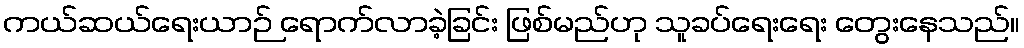
ကယ်ဆယ်ရေးယာဉ် ရောက်လာခဲ့ခြင်း ဖြစ်မည်ဟု သူခပ်ရေးရေး တွေးနေသည်။